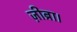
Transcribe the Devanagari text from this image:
ज़ीब्रा।